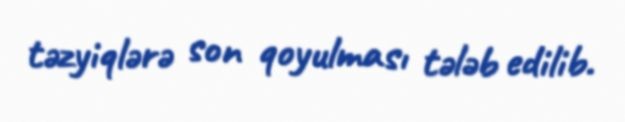
təzyiqlərə son qoyulması tələb edilib.